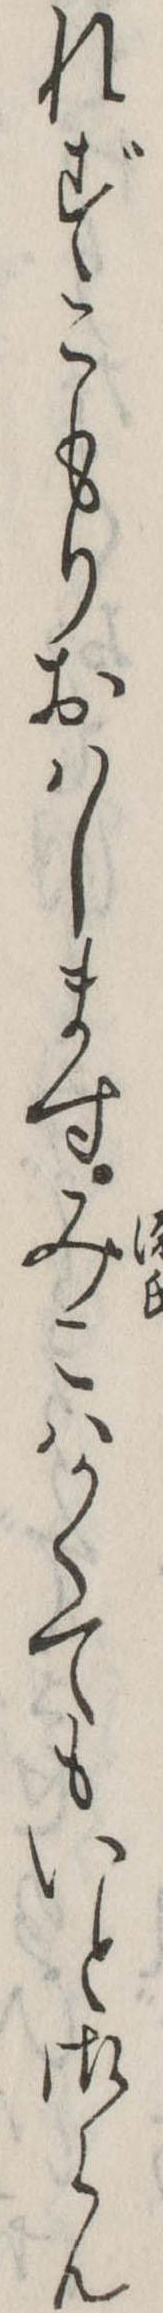
れずこもりおはしますみこはかくてもいと御らん